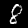
Digit: 8